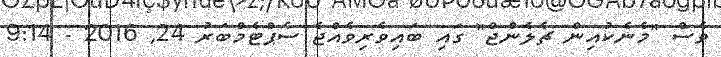
ވެސް "މެނެކުއިން ޗެލެންޖް" ގައި ބައިވެރިވެއްޖެ ސެޕްޓެމްބަރު 24